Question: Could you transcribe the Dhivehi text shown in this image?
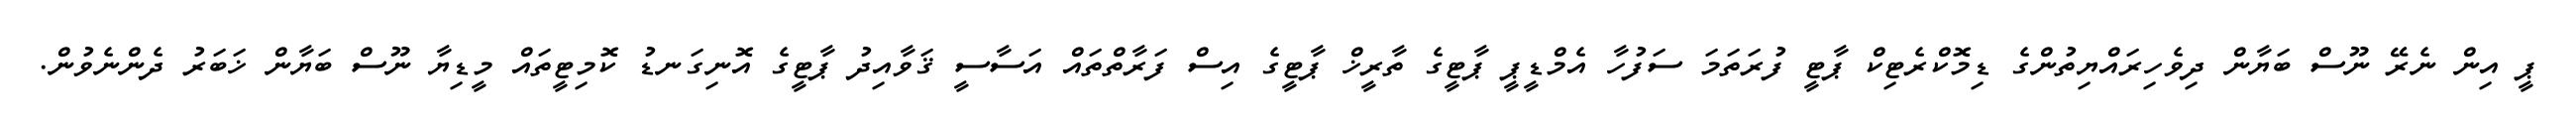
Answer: ޕީ އިން ނެރޭ ނޫސް ބަޔާން ދިވެހިރައްޔިތުންގެ ޑިމޮކްރެޓިކް ޕާޓީ ފުރަތަމަ ސަފުހާ އެމްޑީޕީ ޕާޓީގެ ތާރީޚް ޕާޓީގެ އިސް ފަރާތްތައް އަސާސީ ޤަވާއިދު ޕާޓީގެ އޮނިގަނޑު ކޮމިޓީތައް މީޑިޔާ ނޫސް ބަޔާން ޚަބަރު ދެންނެވުން.